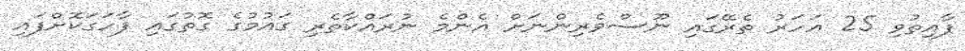
ފާއިތުވި 25 އަހަރު ތެރޭގައި ނޫސްވެރިންނަށް އެންމެ ނުރައްކާތެރި ގައުމުގެ ގޮތުގައި ފާހަގަކޮށްފައި